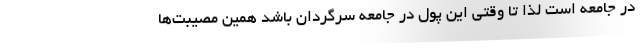
در جامعه است لذا تا وقتی این پول در جامعه سرگردان باشد همین مصیبت‌ها